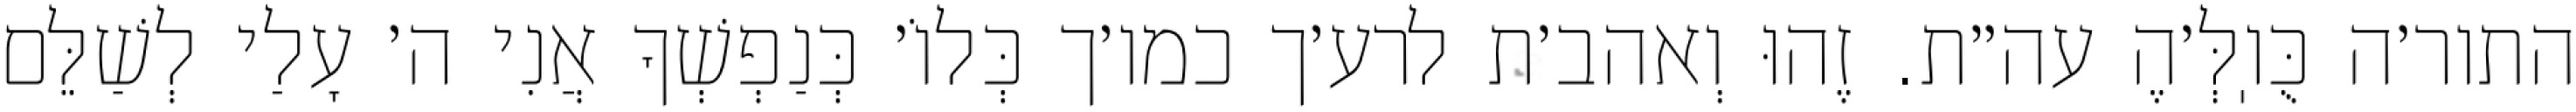
התור׳ה כֻּוֽלְּ׳הֶ עה״ת. זֶהוּ וְאהב׳ת לרע׳ך כמו׳ך כְּלוֹ׳ כְּנַפְשְׁךָ אֲנִי ה׳ עָלַי לְשַׁלֵּם